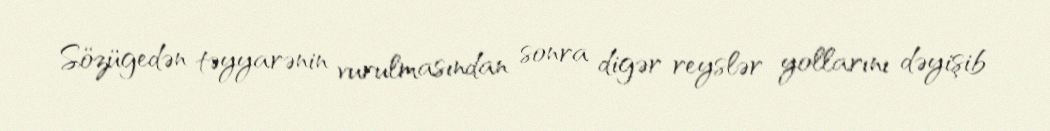
Sözügedən təyyarənin vurulmasından sonra digər reyslər yollarını dəyişib